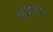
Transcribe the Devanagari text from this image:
हाईफील्ड